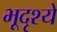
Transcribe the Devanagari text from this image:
भूदृश्ये